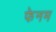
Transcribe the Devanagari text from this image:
फेनम